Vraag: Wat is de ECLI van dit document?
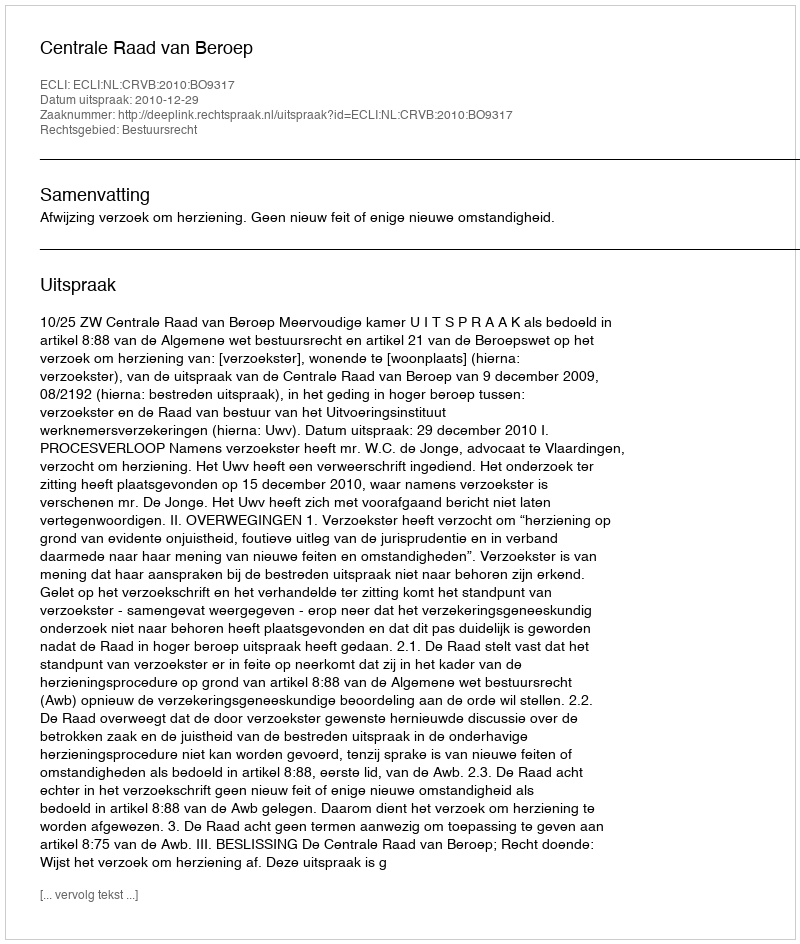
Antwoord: ECLI:NL:CRVB:2010:BO9317